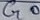
Text: G0